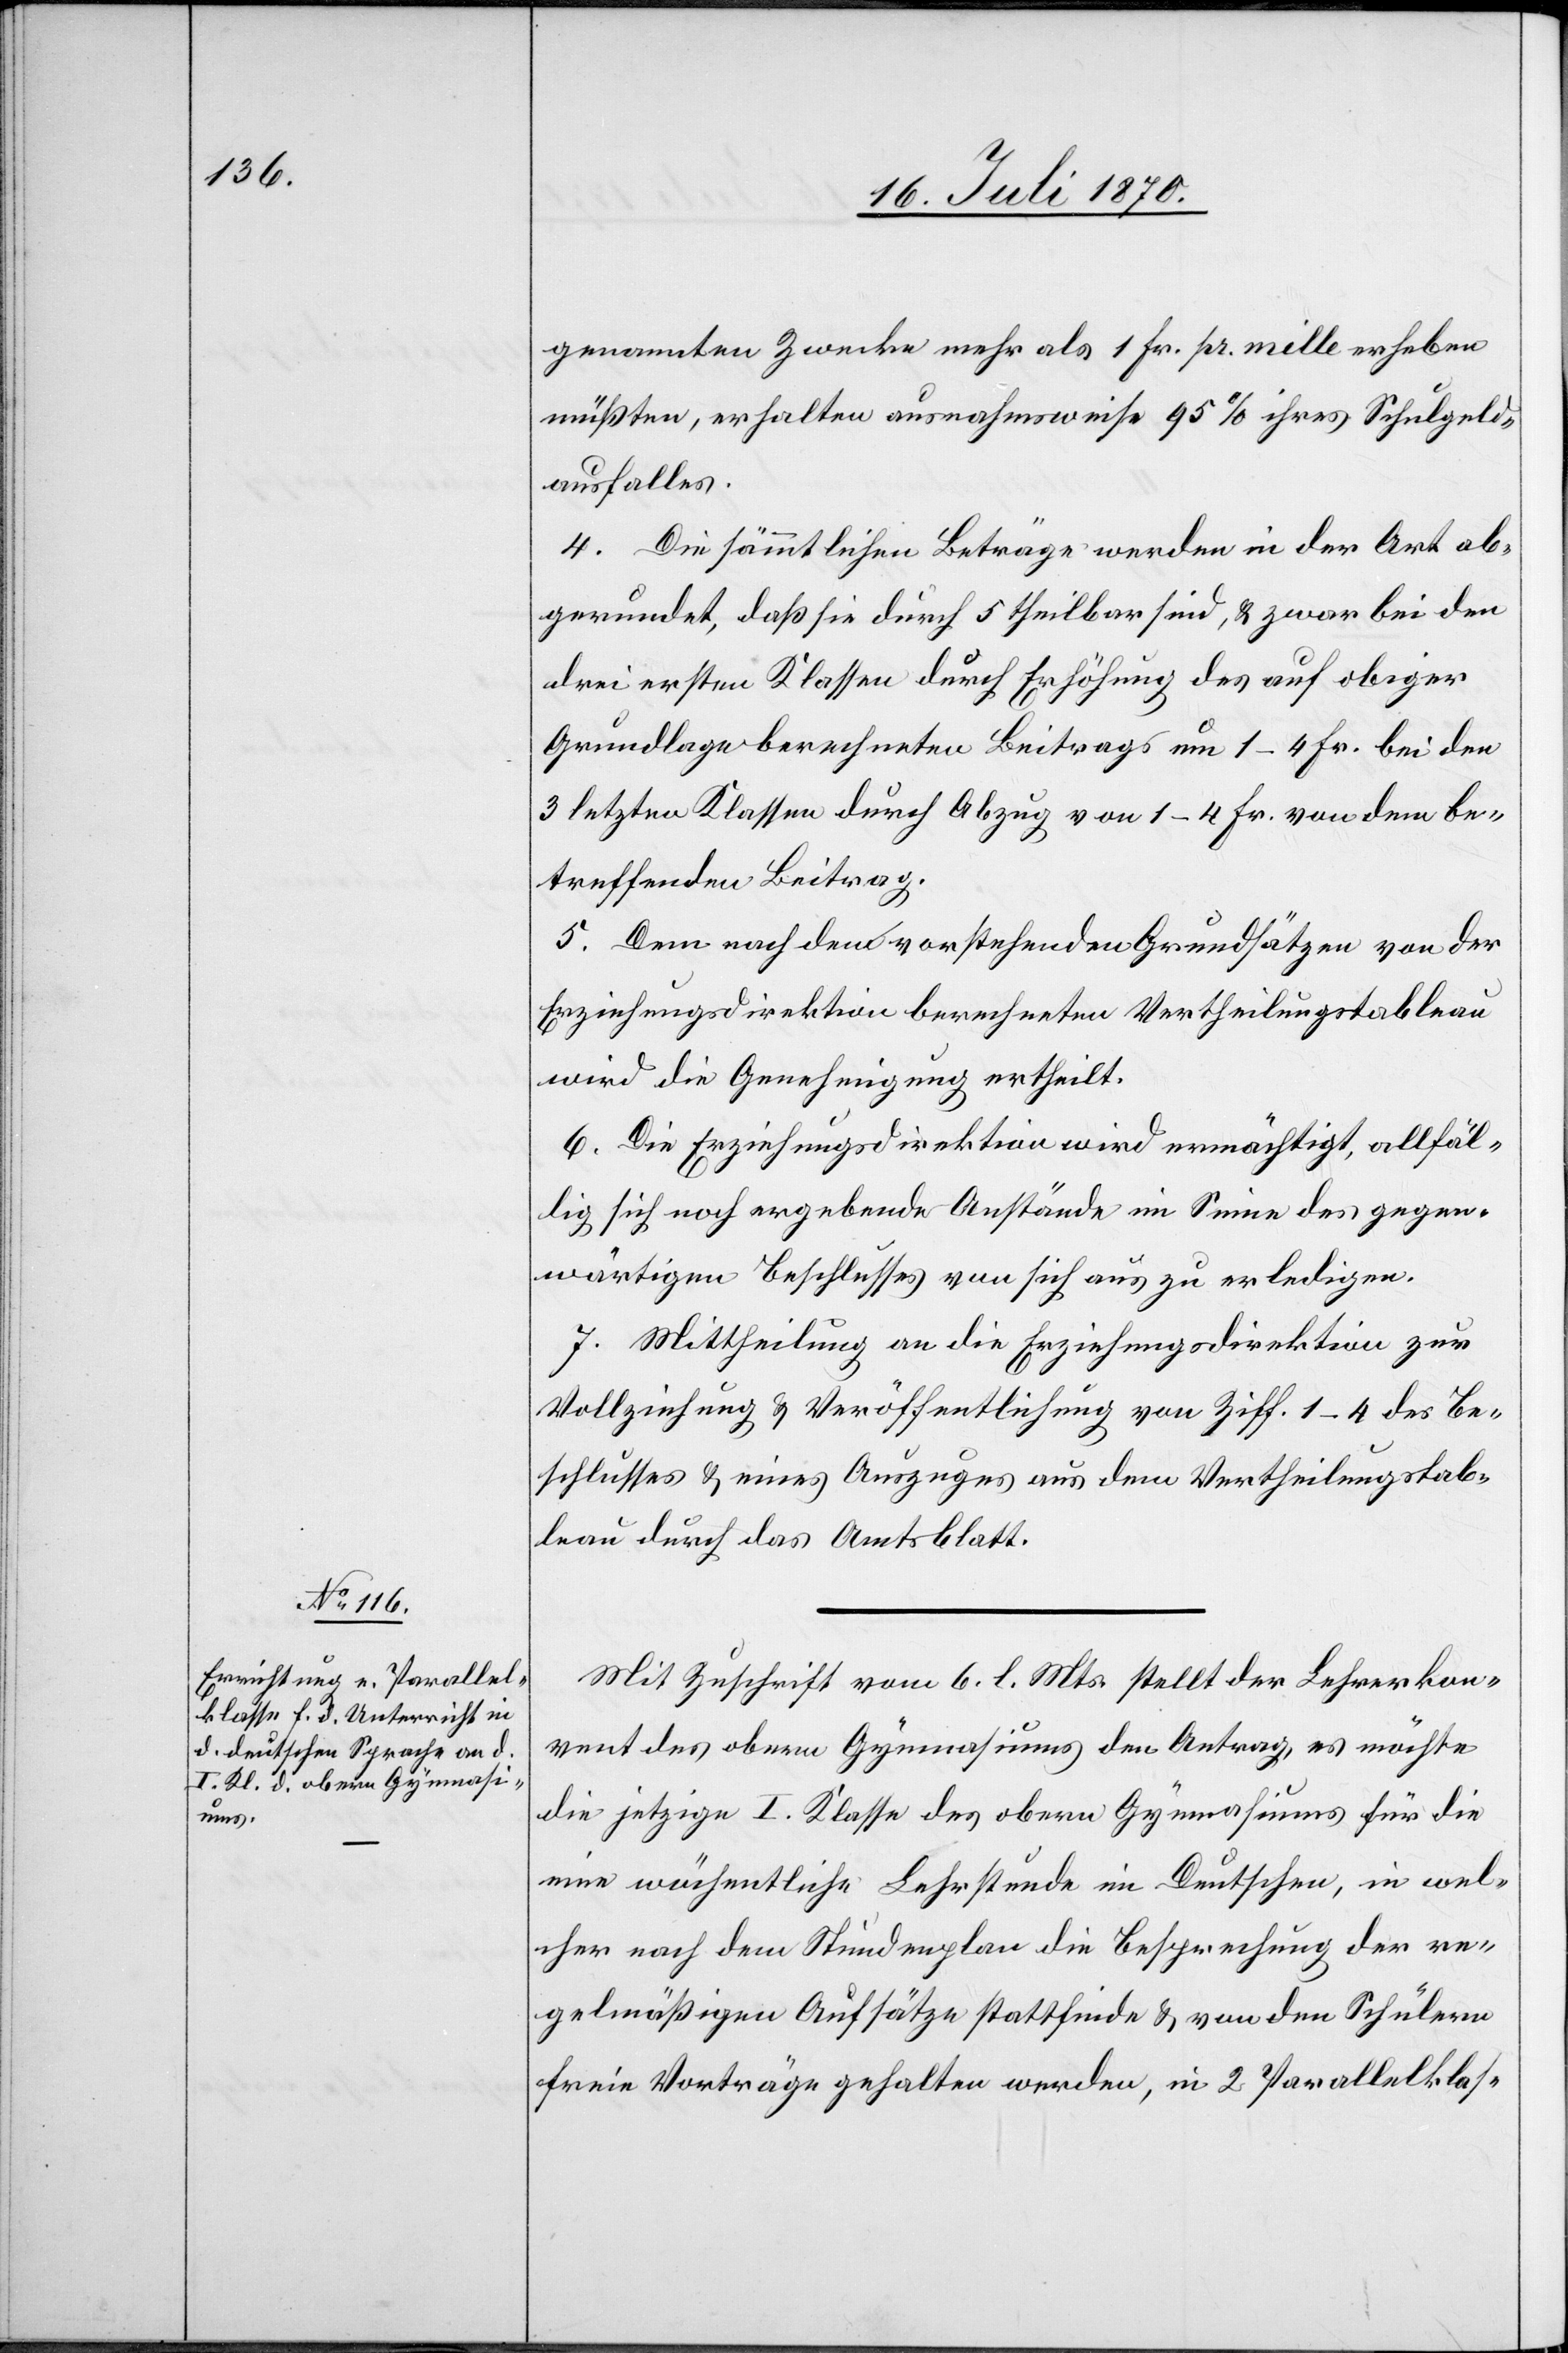
genannten Zwecke [sic!] mehr als 1 Fr. pr. mille erheben
müßten, erhalten ausnahmsweise 95% ihres Schulgeld¬
ausfalles.
4. Die sämmtlichen Beträge werden in der Art ab¬
gerundet, daß sie durch 5 theilbar sind, & zwar bei den
drei ersten Klassen durch Erhöhung des auf obiger
Grundlage berechneten Beitrags um 1–4 Fr. bei den
3 letzten Klassen durch Abzug von 1–4 Fr. von dem be¬
treffenden Beitrag.
5. Dem nach den vorstehenden Grundsätzen von der
Erziehungsdirektion berechneten Vertheilungstableau
wird die Genehmigung ertheilt.
6. Die Erziehungsdirektion wird ermächtigt, allfäl¬
lig sich noch ergebende Anstände im Sinne des gegen¬
wärtigen Beschlusses von sich aus zu erledigen.
7. Mittheilung an die Erziehungsdirektion zur
Vollziehung & Veröffentlichung von Ziff. 1–4 des Be¬
schlusses & eines Auszuges aus dem Vertheilungstab¬
leau durch das Amtsblatt.
Mit Zuschrift vom 6. l. Mts. stellt der Lehrerkon¬
vent des obern Gymnasiums den Antrag, es möchte
die jetzige I. Klasse des obern Gymnasiums für die
eine wöchentliche Lehrstunde im Deutschen, in wel¬
cher nach dem Stundenplan die Besprechung der re¬
gelmäßigen Aufsätze stattfinde & von den Schülern
freie Vorträge gehalten werden, in 2 Parallelklas-